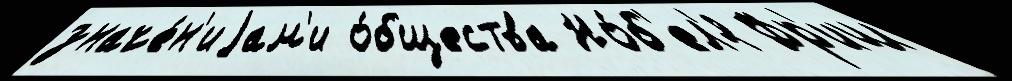
значе́н'иjам'и о́бщества Но́б'ел'я Фр'иш